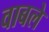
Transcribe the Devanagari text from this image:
वाबले